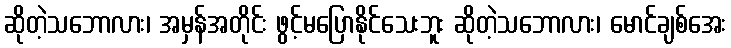
ဆိုတဲ့သဘောလား၊ အမှန်အတိုင်း ဖွင့်မပြောနိုင်သေးဘူး ဆိုတဲ့သဘောလား၊ မောင်ချစ်အေး